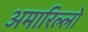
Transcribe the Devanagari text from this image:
अमारिल्लो